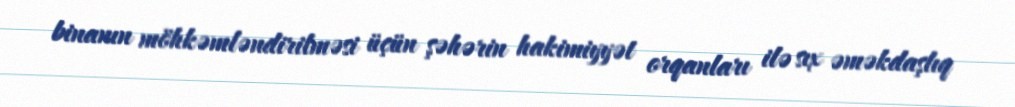
binanın möhkəmləndirilməsi üçün şəhərin hakimiyyət orqanları ilə sıx əməkdaşlıq